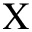
\Chi